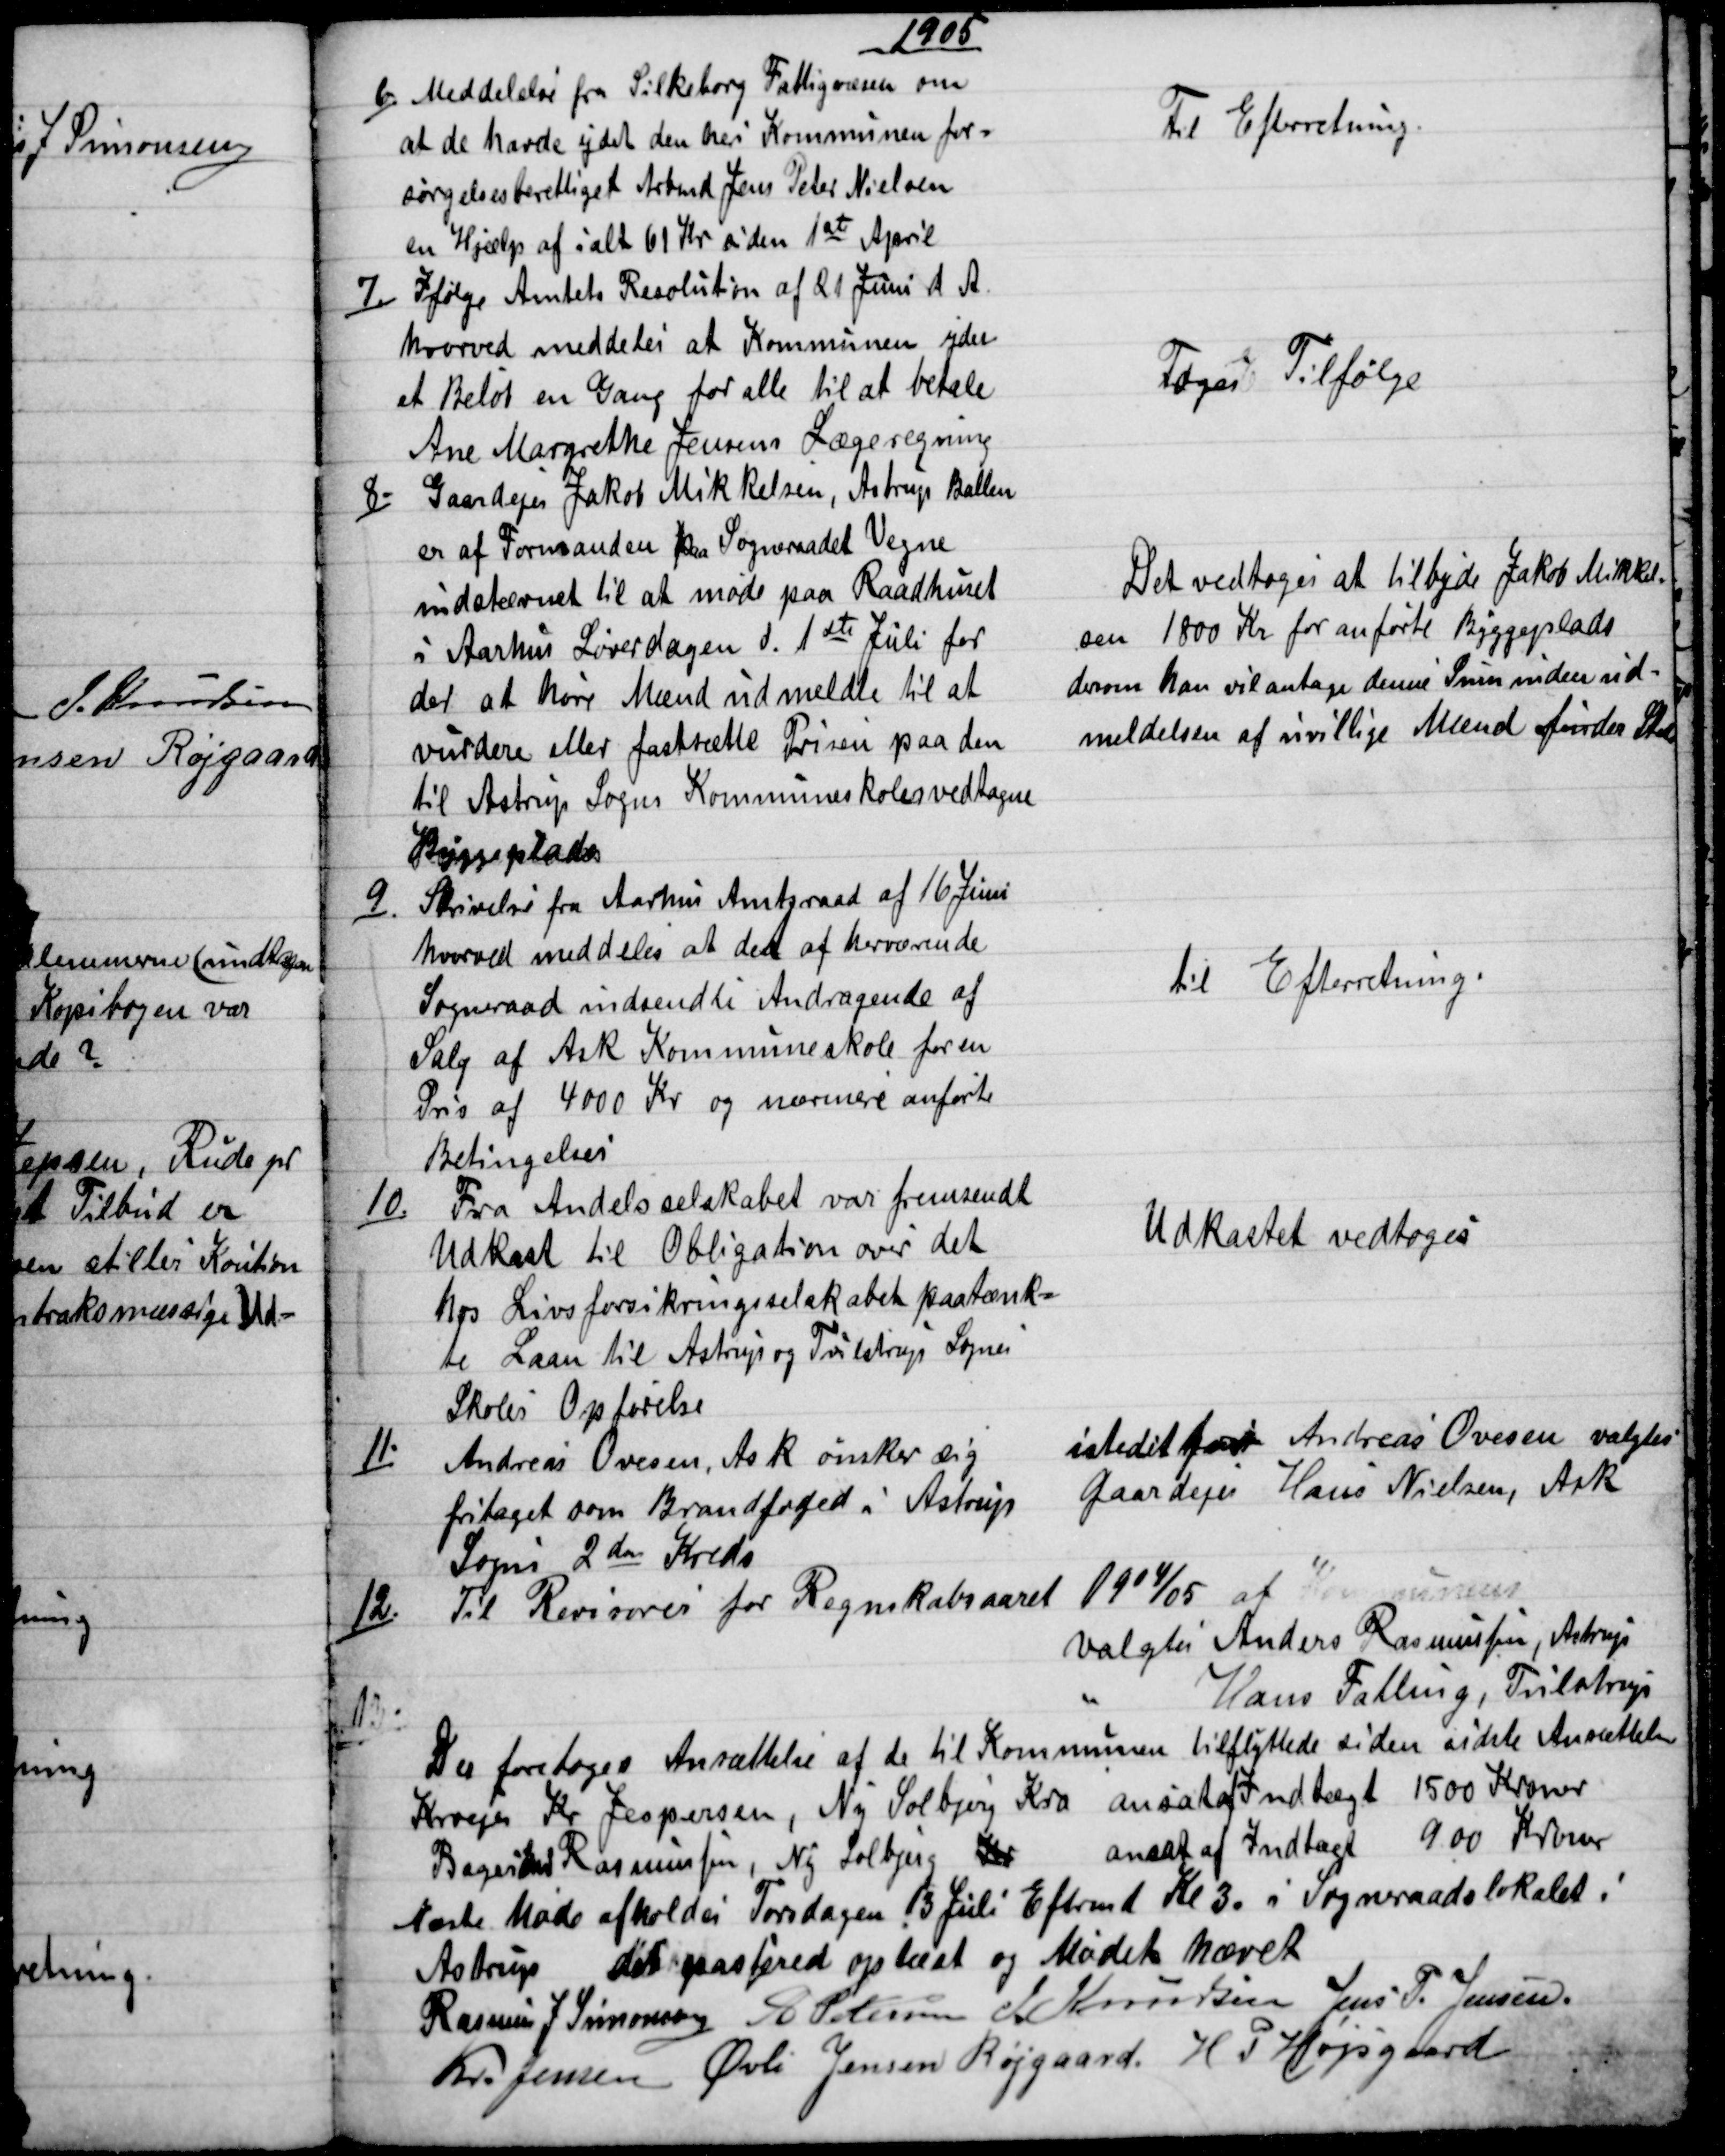
Transskription:
1905
6.)
Meddelelse fra Silkeborg Fattigvæsen om
at de havde ydet den heri Kommunen for=
sørgelsesberettiget Arbmd Jens Peter Nielsen
en Hjælp af ialt 61 Kr siden 1st April
Til Efterretning.
7)
Ifølge Amtets Resolution af 21 Juni d. A.
hvorved meddeles at Kommunen ydes
et Beløb en Gang for alle til at betale
Ane Margrethe Jensens Lægeregning
Toges Tilfølge
8.)
Gaardejer Jakob Mikkelsen, Astrup Ballen
er af Formanden paa Sogneraadet Vegne
indstævnet til at møde paa Raadhuset
i Aarhus Løverdagen d. 1ste Juli for
der at høre Mænd udmeldte til at
vurdere eller fastsætte Prisen paa den
til Astrup Sogns Kommuneskoles vedtagne
Byggeplads
Det vedtoges at tilbyde Jakob Mikkel=
sen 1800 Kr for anførte Byggeplads
derom han vil antage denne Sum inden ud-
meldelsen af uvillige Mænd finder Sted
9).
Skrivelse fra Aarhus Amtsraad af 16 Juni
hvorved meddeles at det af herværende
Sogneraad indsendte Andragende af
Salg af Ask Kommuneskole for en
Pris af 4000 Kr og nærmere anførte
Betingelser
til Efterretning.
10.)
Fra Andelsselskabet var fremsendt
Udkast til Obligation over det
hos Livsforsikringsselskabet paatænk=
te Laan til Astrup og Tilstrup Sognes
Skoles Opførelse
Udkastet vedtoges
11.)
Andreas Ovesen, Ask ønsker sig
fritaget som Brandfoged i Astrup
Sogns 2den Kreds
istedetfor Andreas Ovesen valgtes
Gaardejer Hans Nielsen, Ask
12.)
Til Revisorer for Regnskabsaaret 1904/05 af Kommunens
valgtes Anders Rasmussen, Astrup
Hans Falling, Tulstrup
13)
Der foretoges Ansættelse af de til Kommunen tilflyttede siden sidste Ansættelse
Kroejer Kr Jespersen, Ny Solbjerg Kro ansat af Indtægt 1500 Kroner
Bageri  Rasmussen, Ny Solbjerg Kr ansat af Indtægt 900 Kroner
Næste Møde afholdes Torsdagen 13 Juli Eftrmd Kl 3. i Sogneraadslokalet i
Astrup det passerede oplæst og Mødet hævet
Rasmus J Simonsen A Petersen J Knudsen Jens P. Jensen
Kr. Jensen Øvli Jensen Røjgaard, H. P. Højsgaard